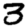
Digit: 3